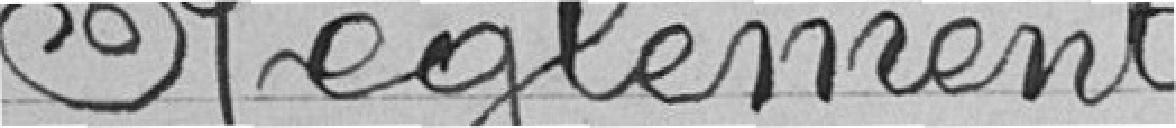
Règlement